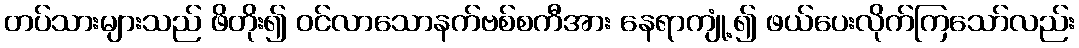
တပ်သားများသည် ဖိတိုး၍ ဝင်လာသောနက်ဗစ်စကီအား နေရာကျုံ့၍ ဖယ်ပေးလိုက်ကြသော်လည်း